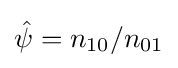
{\hat {\psi }}=n_{10}/n_{01}